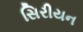
સિરીયન